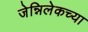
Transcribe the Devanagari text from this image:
जेन्निलेकच्या